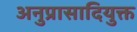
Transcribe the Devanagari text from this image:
अनुप्रासादियुक्त